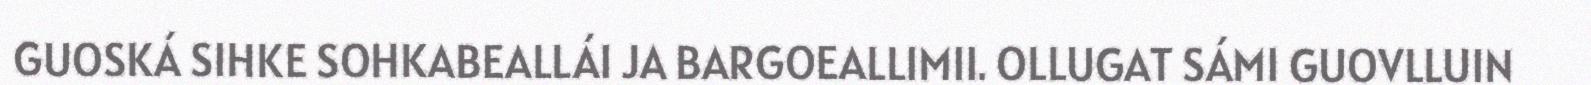
GUOSKÁ SIHKE SOHKABEALLÁI JA BARGOEALLIMII. OLLUGAT SÁMI GUOVLLUIN